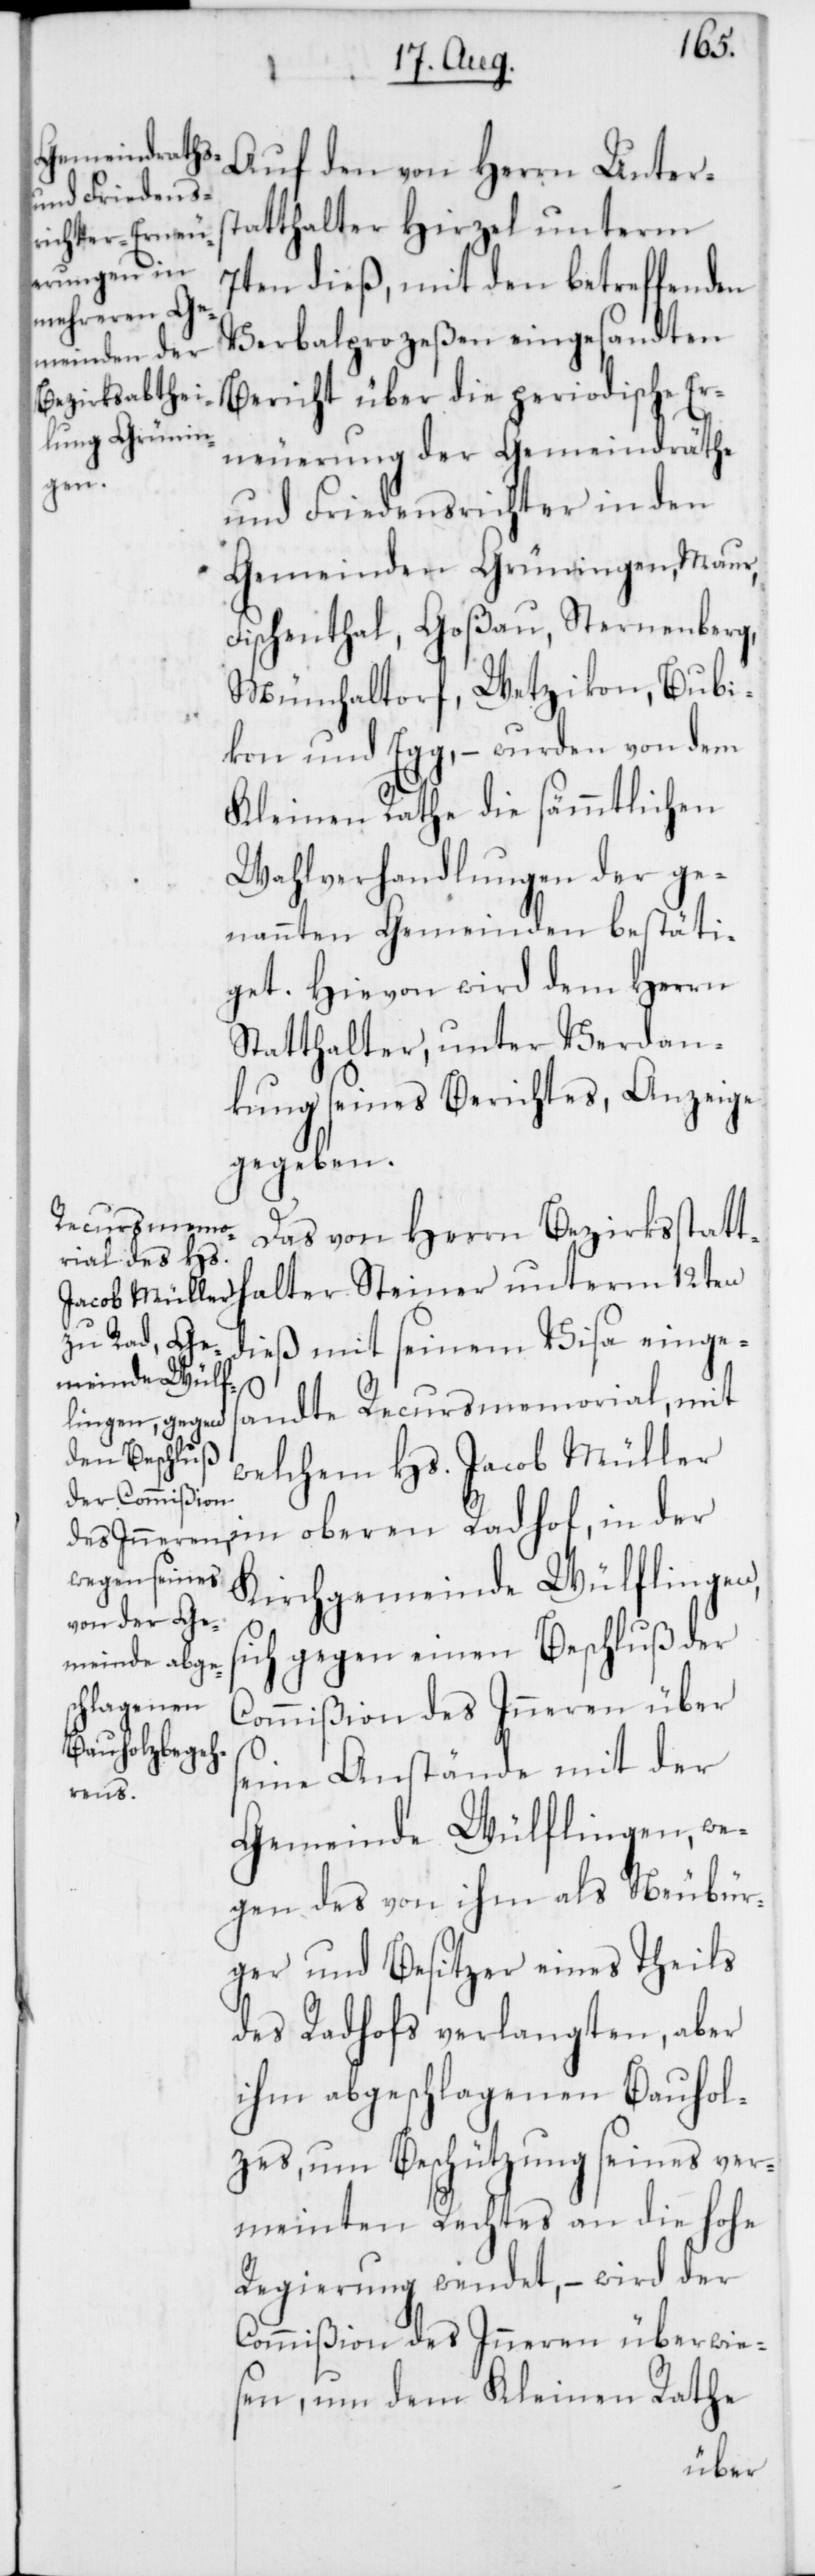
Auf den von Herrn Unters¬
tatthalter Hirzel unterm
7ten dieß, mit den betreffenden
Verbalprozeßen eingesandten
Bericht über die periodische Er¬
neuerung der Gemeindräthe
und Friedensrichter in den
Gemeinden Grüningen, Maur,
Fischenthal, Goßau, Sternenberg,
Münchaltorf, Wetzikon, Bubi¬
kon und Egg, – wurden von dem
Kleinen Rathe die sämmtlichen
Wahlverhandlungen der ge¬
nannten Gemeinden bestäti¬
get. Hievon wird dem Herrn
Statthalter, unter Verdan¬
kung seines Berichtes, Anzeige
gegeben.
Das von Herrn Bezirksstatt¬
halter Steiner unterm 12ten
dieß mit seinem Visa einge¬
sandte Recursmemorial, mit
welchem Hs. Jacob Müller
im oberen Radhof, in der
Kirchgemeinde Wülflingen,
sich gegen einen Beschluß der
Commißion des Inneren über
seine Anstände mit der
Gemeinde Wülflingen, we¬
gen des von ihm als Neubür¬
ger und Besitzer eines Theils
des Radhofs verlangten, aber
ihm abgeschlagenen Bauhol¬
zes, um Beschützung seines ver¬
meinten Rechtes an die hohe
Regierung wendet, – wird der
Commißion des Inneren überwie¬
sen, um dem Kleinen Rathe